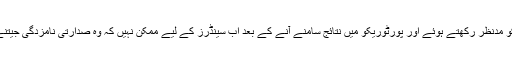
کسی امیدوار کی حمایت نہ کرنے والے 95 مندوبین کی تعداد کو مدنظر رکھتے ہوئے اور پورٹوریکو میں نتائج سامنے آنے کے بعد اب سینڈرز کے لیے ممکن نہیں کہ وہ صدارتی نامزدگی جیتنے کے لیے 2383 مندوبین کی مطلوبہ تعداد کو پہنچ پائیں گے۔